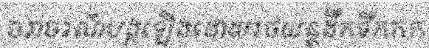
ចរាចរណ៍បង្កឡើងដោយរថយន្តដឹកទឹកកក